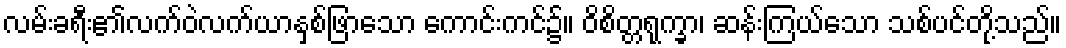
လမ်းခရီး၏လက်ဝဲလက်ယာနှစ်ဖြာသော ကောင်းကင်၌။ ဝိစိတ္တရုက္ခာ၊ ဆန်းကြယ်သော သစ်ပင်တို့သည်။